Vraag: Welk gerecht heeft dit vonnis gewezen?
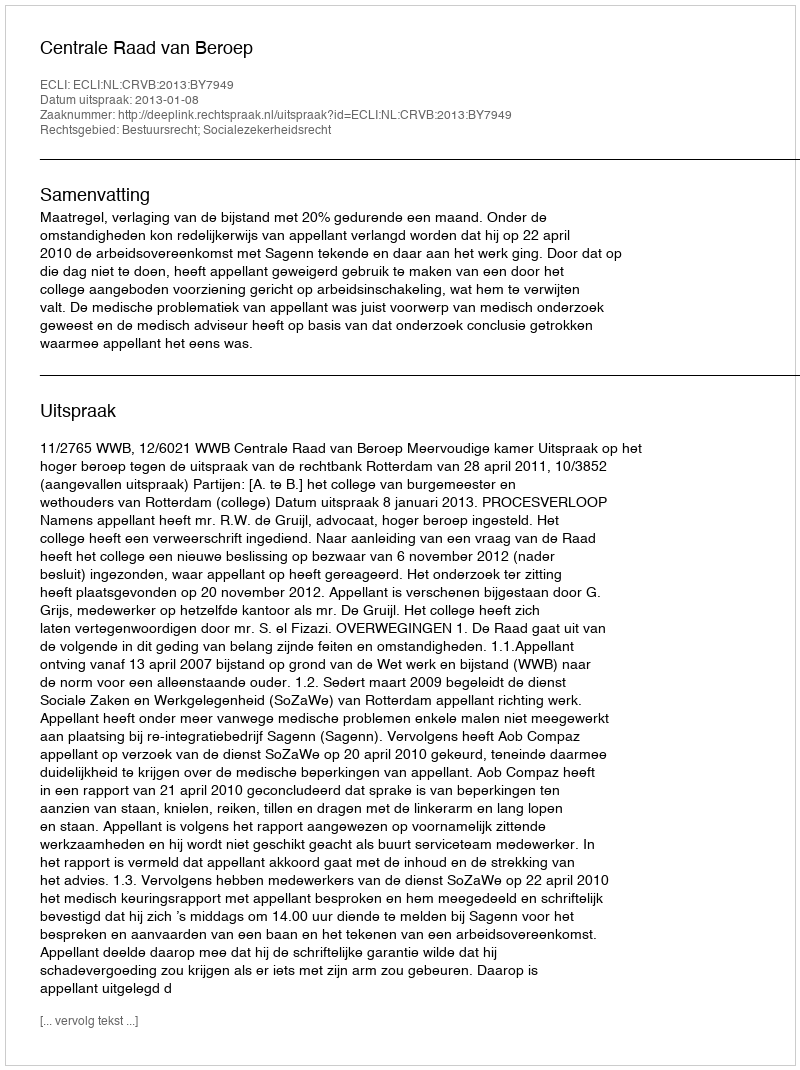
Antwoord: Centrale Raad van Beroep